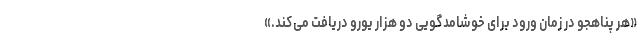
«هر پناهجو در زمان ورود برای خوشامدگویی دو هزار یورو دریافت می‌کند.»